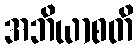
အဘိယာစတိ